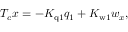
T _ { c } x = - K _ { \mathrm { q 1 } } q _ { 1 } + K _ { \mathrm { w 1 } } { w _ { x } } ,